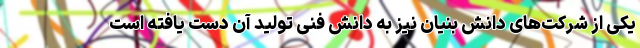
یکی از شرکت‌های دانش بنیان نیز به دانش فنی تولید آن دست یافته است